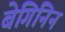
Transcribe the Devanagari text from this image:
बेगिनिन